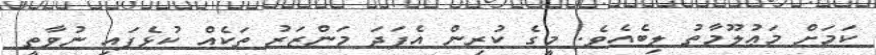
ކަމަށް މަޢުލޫމާތު ލިބެއެވެ. މީގެ ކުރިން އެފަދަ މަންޒަރު ތަކެއް ކުޅެފައި ނުވާތީ